Scottish Certificate of Education, 1963
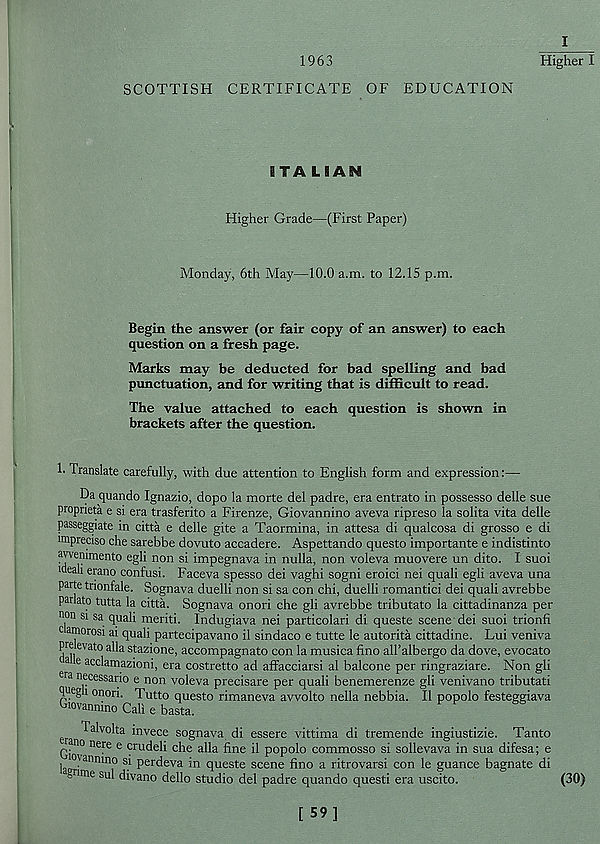
1963
SCOTTISH CERTIFICATE OF EDUCATION
I
Higher I
ITALIAN
Higher Grade—(First Paper)
Monday, 6th May—10.0 a.m. to 12.15 p.m.
Begin the answer (or fair copy of an answer) to each
question on a fresh page.
Marks may be deducted for bad spelling and bad
punctuation, and for writing that is difficult to read.
The value attached to each question is shown in
brackets after the question.
!• Translate carefully, with due attention to English form and expression:—
Da quando Ignazio, dopo la morte del padre, era entrato in possesso delle sue
propneta e si era trasferito a Firenze, Giovannino aveva ripreso la solita vita delle
passeggiate in citta e delle gite a Taormina, in attesa di qualcosa di grosso e di
imprecise che sarebbe dovuto accadere. Aspettando questo importante e indistinto
ajvemmento egli non si impegnava in nulla, non voleva muovere un dito. I suoi
mean erano confusi. Faceva spesso dei vaghi sogni eroici nei quali egli aveva una
parte tnonfale. Sognava duelli non si sa con chi, duelli romantici dei quali avrebbe
parlato tutta la citta. Sognava onori che gli avrebbe tributato la cittadinanza per
non si sa quali meriti. Indugiava nei particolari di queste scene dei suoi trionfi
amorosi ai quali partecipavano il sindaco e tutte le autorita cittadine. Lui veniva
pre evato alia stazione, accompagnato con la musica fino all’albergo da dove, evocato
a e acclamazioni, era costretto ad affacciarsi al balcone per ringraziare. Non gli
necessano e non voleva precisare per quali benemerenze gli venivano tributati
Tmgii onori. Tutto questo rimaneva avvolto nella nebbia. II popolo festeggiava
Giovannino Cali e basta.
Talvolta invece sognava di essere vittima di tremende ingiustizie. Tanto
rano nere e crudeli che alia fine il popolo commosso si sollevava in sua difesa; e
lao ' annino s ) perdeva in queste scene fino a ritrovarsi con le guance bagnate di
grime sul divano dello studio del padre quando questi era uscito.
(30)
[ 59]